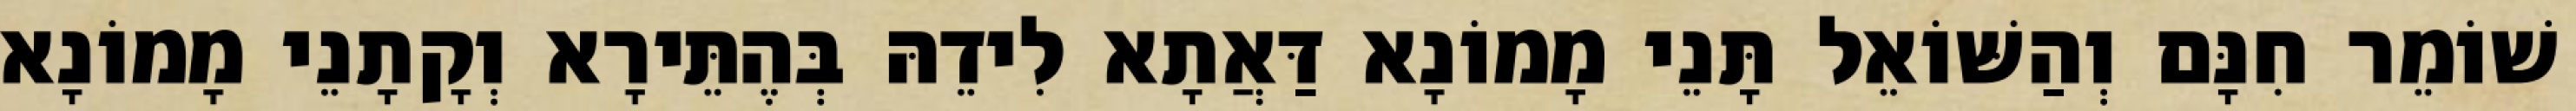
שׁוֹמֵר חִנָּם וְהַשּׁוֹאֵל תָּנֵי מָמוֹנָא דַּאֲתָא לִידֵהּ בְּהֶתֵּירָא וְקָתָנֵי מָמוֹנָא